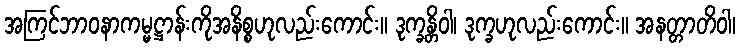
အကြင်ဘာဝနာကမ္မဋ္ဌာန်းကိုအနိစ္စဟုလည်းကောင်း။ ဒုက္ခန္တိဝါ၊ ဒုက္ခဟုလည်းကောင်း။ အနတ္တာတိဝါ၊